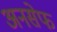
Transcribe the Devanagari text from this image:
अनसेफ